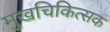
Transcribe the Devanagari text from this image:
मुखचिकित्सक